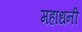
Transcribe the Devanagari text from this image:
महाधनी